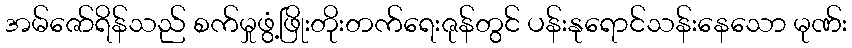
အမ်ဇော်ရိန်သည် စက်မှုဖွံ့ဖြိုးတိုးတက်ရေးဇုန်တွင် ပန်းနုရောင်သန်းနေသော မုဏ်း